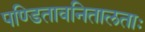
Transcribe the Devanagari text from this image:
पण्डितावनितालताः